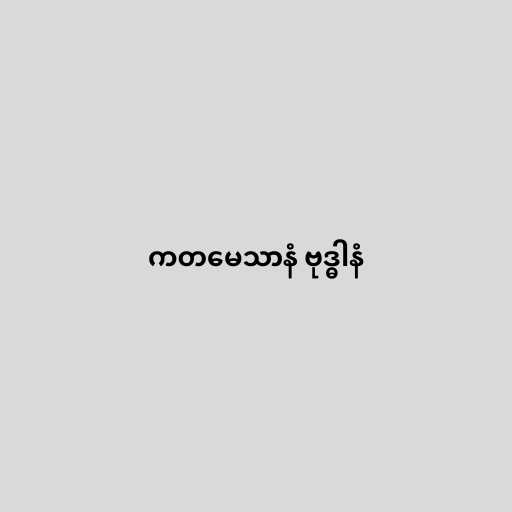
ကတမေသာနံ ဗုဒ္ဓါနံ